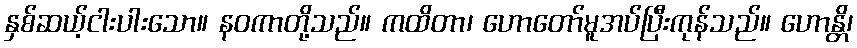
နှစ်ဆယ့်ငါးပါးသော။ နဝကာတို့သည်။ ကထိတာ၊ ဟောတော်မူအပ်ပြီးကုန်သည်။ ဟောန္တိ၊